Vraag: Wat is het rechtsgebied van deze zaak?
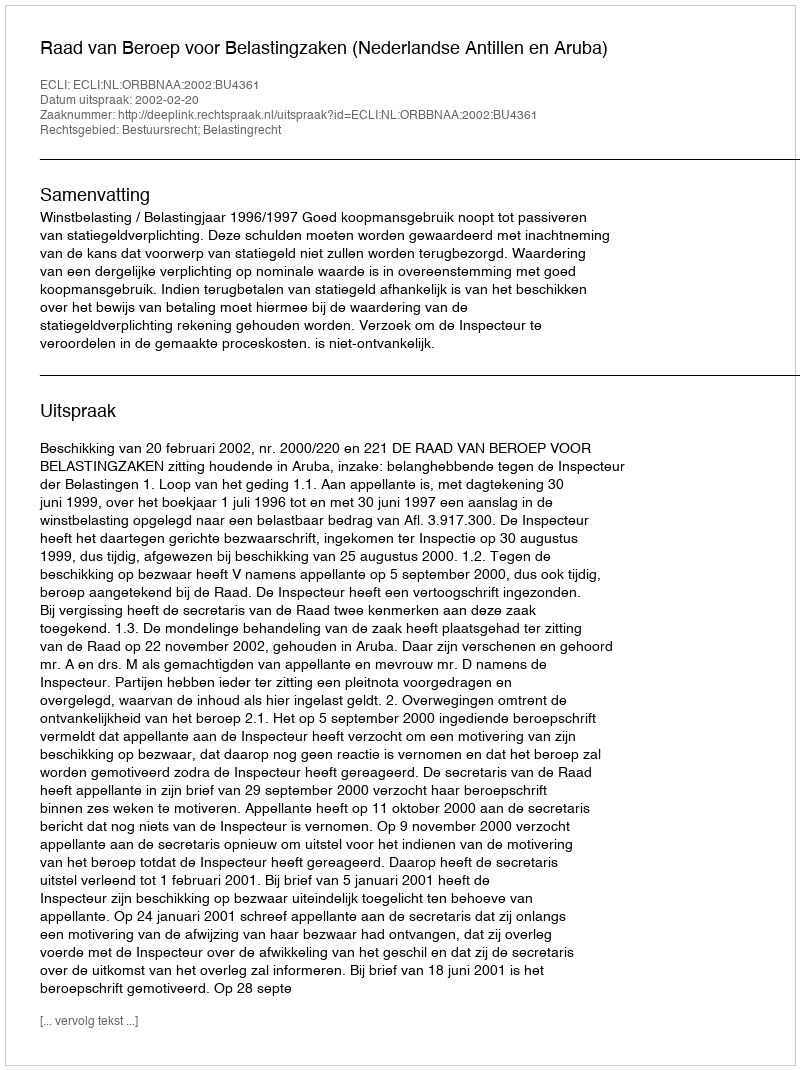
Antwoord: Bestuursrecht; Belastingrecht